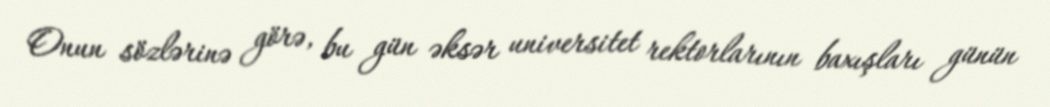
Onun sözlərinə görə, bu gün əksər universitet rektorlarının baxışları günün